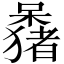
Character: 𫬕